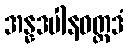
အန္နဒပါနဝတ္ထဒံ